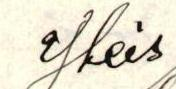
Yleis